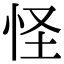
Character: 怪